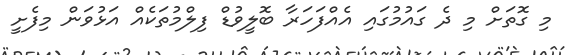
މި ގޮތަށް މި ދެ ގައުމުގައި އެއްފަހަރާ ބޮލީވުޑް ފިލްމުތަކެއް އަޅުވަން މިފެށީ